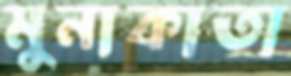
মুনাকাতা